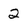
Character: 2